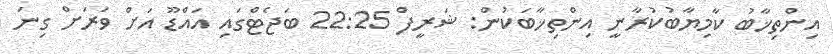
އިންތިޚާބު ކާމިޔާބުކުރާނީ އިންތިޚާބަކުން: ޝަރީފް 22:25 ބަޖެޓްގައި އައްޑޫ އަށް ވަރަށް ގިނަ